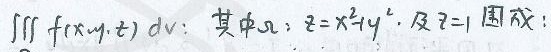
$\iiint f(x,y,z)\,dv:\ 其中\Omega:\ z = x^{2}+y^{2}\ 及\ z = 1\ 围成:$